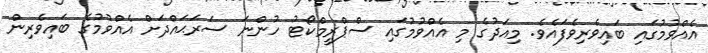
އެއްވުމުގައި ބައިވެރިވެފައެވެ. މިއަދުގެ މި އެއްވުމުގައި ސްޕްރީމްކޯޓު ހުންނަ ސަރަޙައްދަށް އެއްވުމުގެ ބައިވެރިން